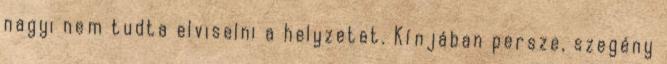
nagyi nem tudta elviselni a helyzetet. Kínjában persze, szegény